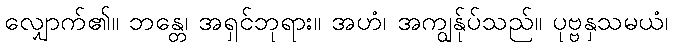
လျှောက်၏။ ဘန္တေ၊ အရှင်ဘုရား။ အဟံ၊ အကျွန်ုပ်သည်။ ပုဗ္ဗနှသမယံ၊